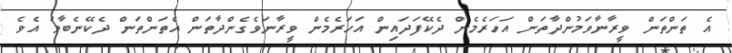
އެ ތަންތަން ވީރާނާވަމުންދާތަން އަހަރެމެން ދެކޭފަދައިން އަހަރެމެން ވީރާނަވެގެންދާތަން އެތަންތަން ދެކޭނެބާވަ އެވެ